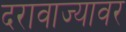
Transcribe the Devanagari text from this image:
दरावाज्यावर